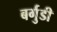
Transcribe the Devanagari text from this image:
बर्गुडी